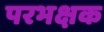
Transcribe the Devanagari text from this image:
परभक्षक